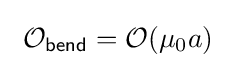
\ {\mathcal {O}}_{\mathsf {bend}}={\mathcal {O}}(\mu _{0}a)\